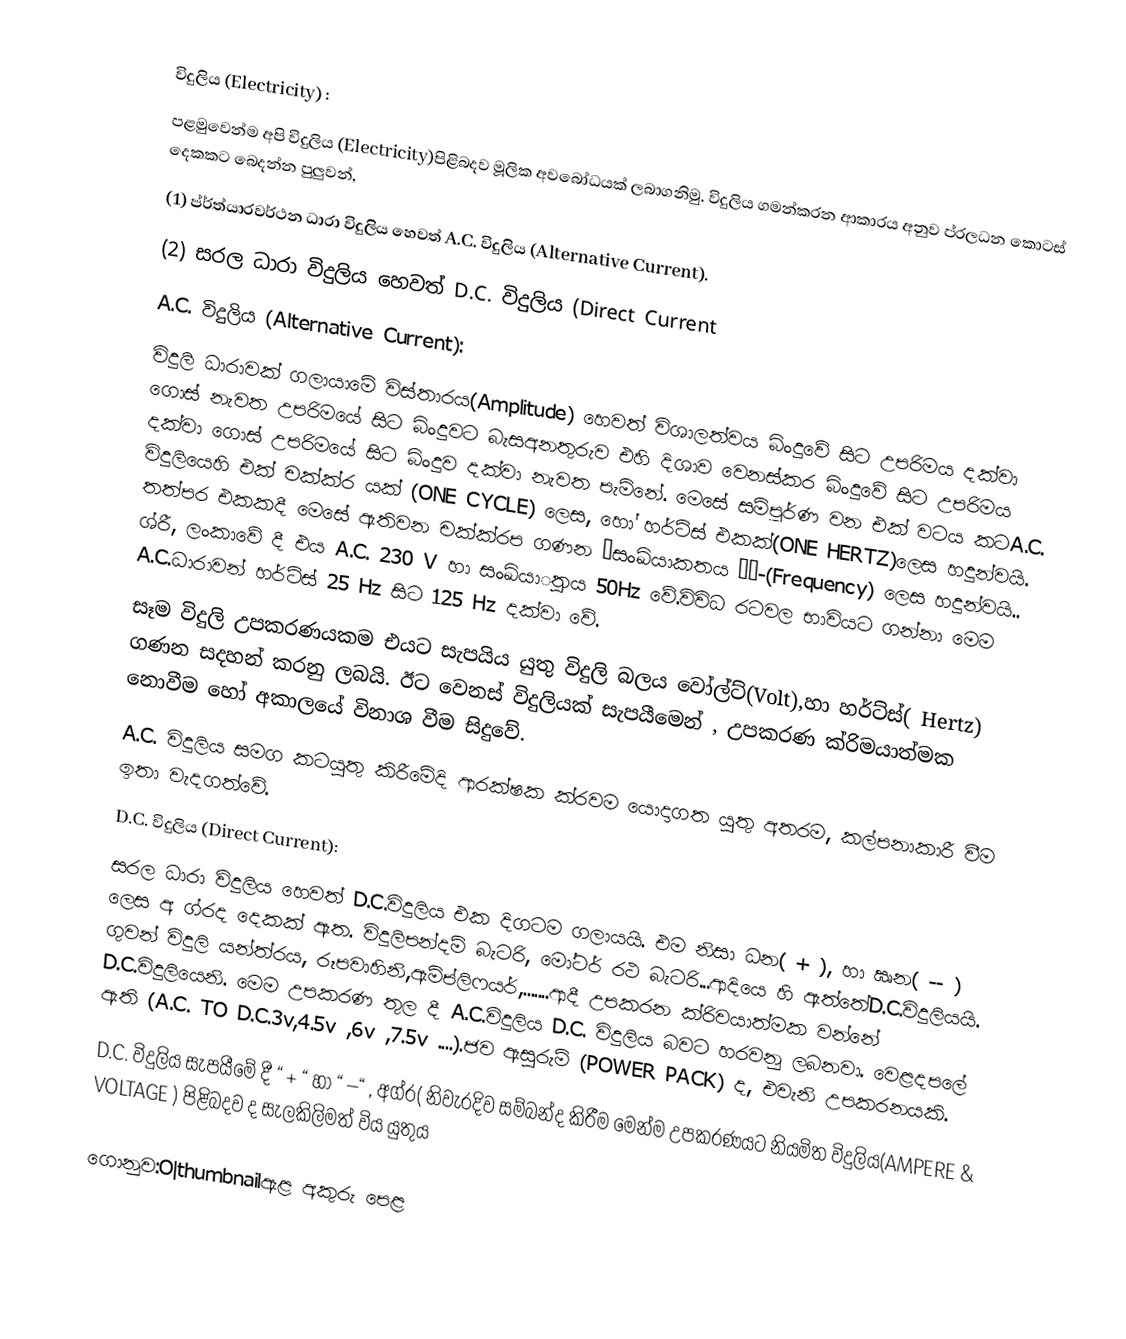
විදුලිය (Electricity) :
                                     පළමුවෙන්ම අපි විදුලිය (Electricity)පිළිබදව මූලික අවබෝධයක් ලබාගනිමු. විදුලිය ගමන්කරන ආකාරය අනුව ප්රලධන කොටස් දෙකකට බෙදන්න පුලුවන්,
 (1)            ප්ර්ත්යාරවර්ථන ධාරා විදුලිය හෙවත් A.C.  විදුලිය (Alternative Current).
             (2)            සරල ධාරා විදුලිය හෙවත් D.C.  විදුලිය (Direct Current
A.C. විදුලිය (Alternative Current):
 විදුලි ධාරාවක් ගලායාමේ විස්තාරය(Amplitude) හෙවත් විශාලත්වය බිංදුවේ සිට උපරිමය දක්වා ගොස් නැවත උපරිමයේ සිට බිංදුවට බැසඅනතුරුව  එහි දිශාව වෙනස්කර බිංදුවේ සිට උපරිමය දක්වා ගොස් උපරිමයේ සිට බිංදුව දක්වා නැවත පැමිනේ. මෙසේ    සම්පූර්ණ වන එක් වටය කටA.C. විදුලියෙහි එක් චක්ක්ර යක් (ONE CYCLE) ලෙස, හෝ හර්ට්ස් එකක්(ONE HERTZ)ලෙස හදුන්වයි.  තත්පර එකකදී මෙසේ ඇතිවන චක්ක්රප ගණන “සංඛ්යාකතය ’’-(Frequency) ලෙස හදුන්වයි.. ශ්රී, ලංකාවේ දී එය A.C. 230 V  හා සංඛ්යාුතය 50Hz වේ.විවිධ රටවල භාවියට ගන්නා මෙම A.C.ධාරාවන් හර්ට්ස්  25 Hz සිට 125 Hz දක්වා වේ.
                                 සෑම විදුලි උපකරණයකම එයට සැපයිය යුතු විදුලි බලය වෝල්ට්(Volt),හා හර්ට්ස්( Hertz) ගණන සදහන් කරනු ලබයි. ඊට වෙනස් විදුලියක් සැපයීමෙන් , උපකරණ ක්රිමයාත්මක නොවීම හෝ අකාලයේ විනාශ වීම සිදුවේ.
 A.C. විදුලිය සමග කටයුතු කිරීමේදි ආරක්ෂක ක්රවම යොදාගත යුතු අතරම, කල්පනාකාරී වීම ඉතා වැදගත්වේ.
D.C.  විදුලිය (Direct Current):
 සරල ධාරා විදුලිය හෙවත් D.C.විදුලිය  එක දිගටම ගලායයි. එම නිසා ධන( + ), හා ඍන( -- ) ලෙස අ ග්රද දෙකක් ඇත. විදුලිපන්දම් බැටරි, මෝටර් රථ බැටරි...ආදියෙ හි ඇත්තේD.C.විදුලියයි.             ගුවන් විදුලි යන්ත්රය, රූපවාහිනි,ඇම්ප්ලිෆයර්,.......ආදී උපකරන ක්රිවයාත්මක වන්නේ  D.C.විදුලියෙනි. මෙම උපකරණ තුල දී A.C.විදුලිය  D.C. විදුලිය බවට හරවනු ලබනවා. වෙළදපලේ ඇති (A.C. TO D.C.3v,4.5v ,6v ,7.5v ....).ජව ඇසුරුම්  (POWER  PACK) ද, එවැනි උපකරනයකි.
        D.C. විදුලිය සැපයීමේ දී  “ +  “ හා “ –“ , අග්ර( නිවැරදිව සම්බන්ද කිරීම  මෙන්ම  උපකරණයට නියමිත විදුලිය(AMPERE & VOLTAGE ) පිළිබදව ද සැලකිලිමත් විය යුතුය

ගොනුව:O|thumbnailඇළ අකුරු පෙළ